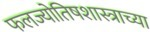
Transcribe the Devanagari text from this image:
फलज्योतिषशास्त्राच्या